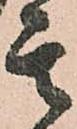
其